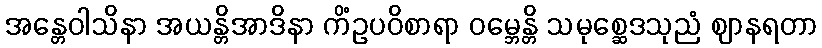
အန္တေဝါသိနာ အယန္တိအာဒိနာ ကိံဥပဝိစာရာ ဝမ္ဘေန္တိ သမုစ္ဆေဒသုညံ ဈာနရတာ